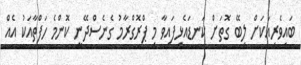
ބައިވެރިއަކަށް ލިބޭ ގޮތަށް ކަނޑައެޅިފައިވާ މި ޕްރޮގްރާމު ގެނެސްދޭނީ ކޮންމެ ހަފްތާއަކު އެއް